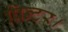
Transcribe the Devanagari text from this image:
प्रिन्टर।